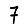
Digit: 7